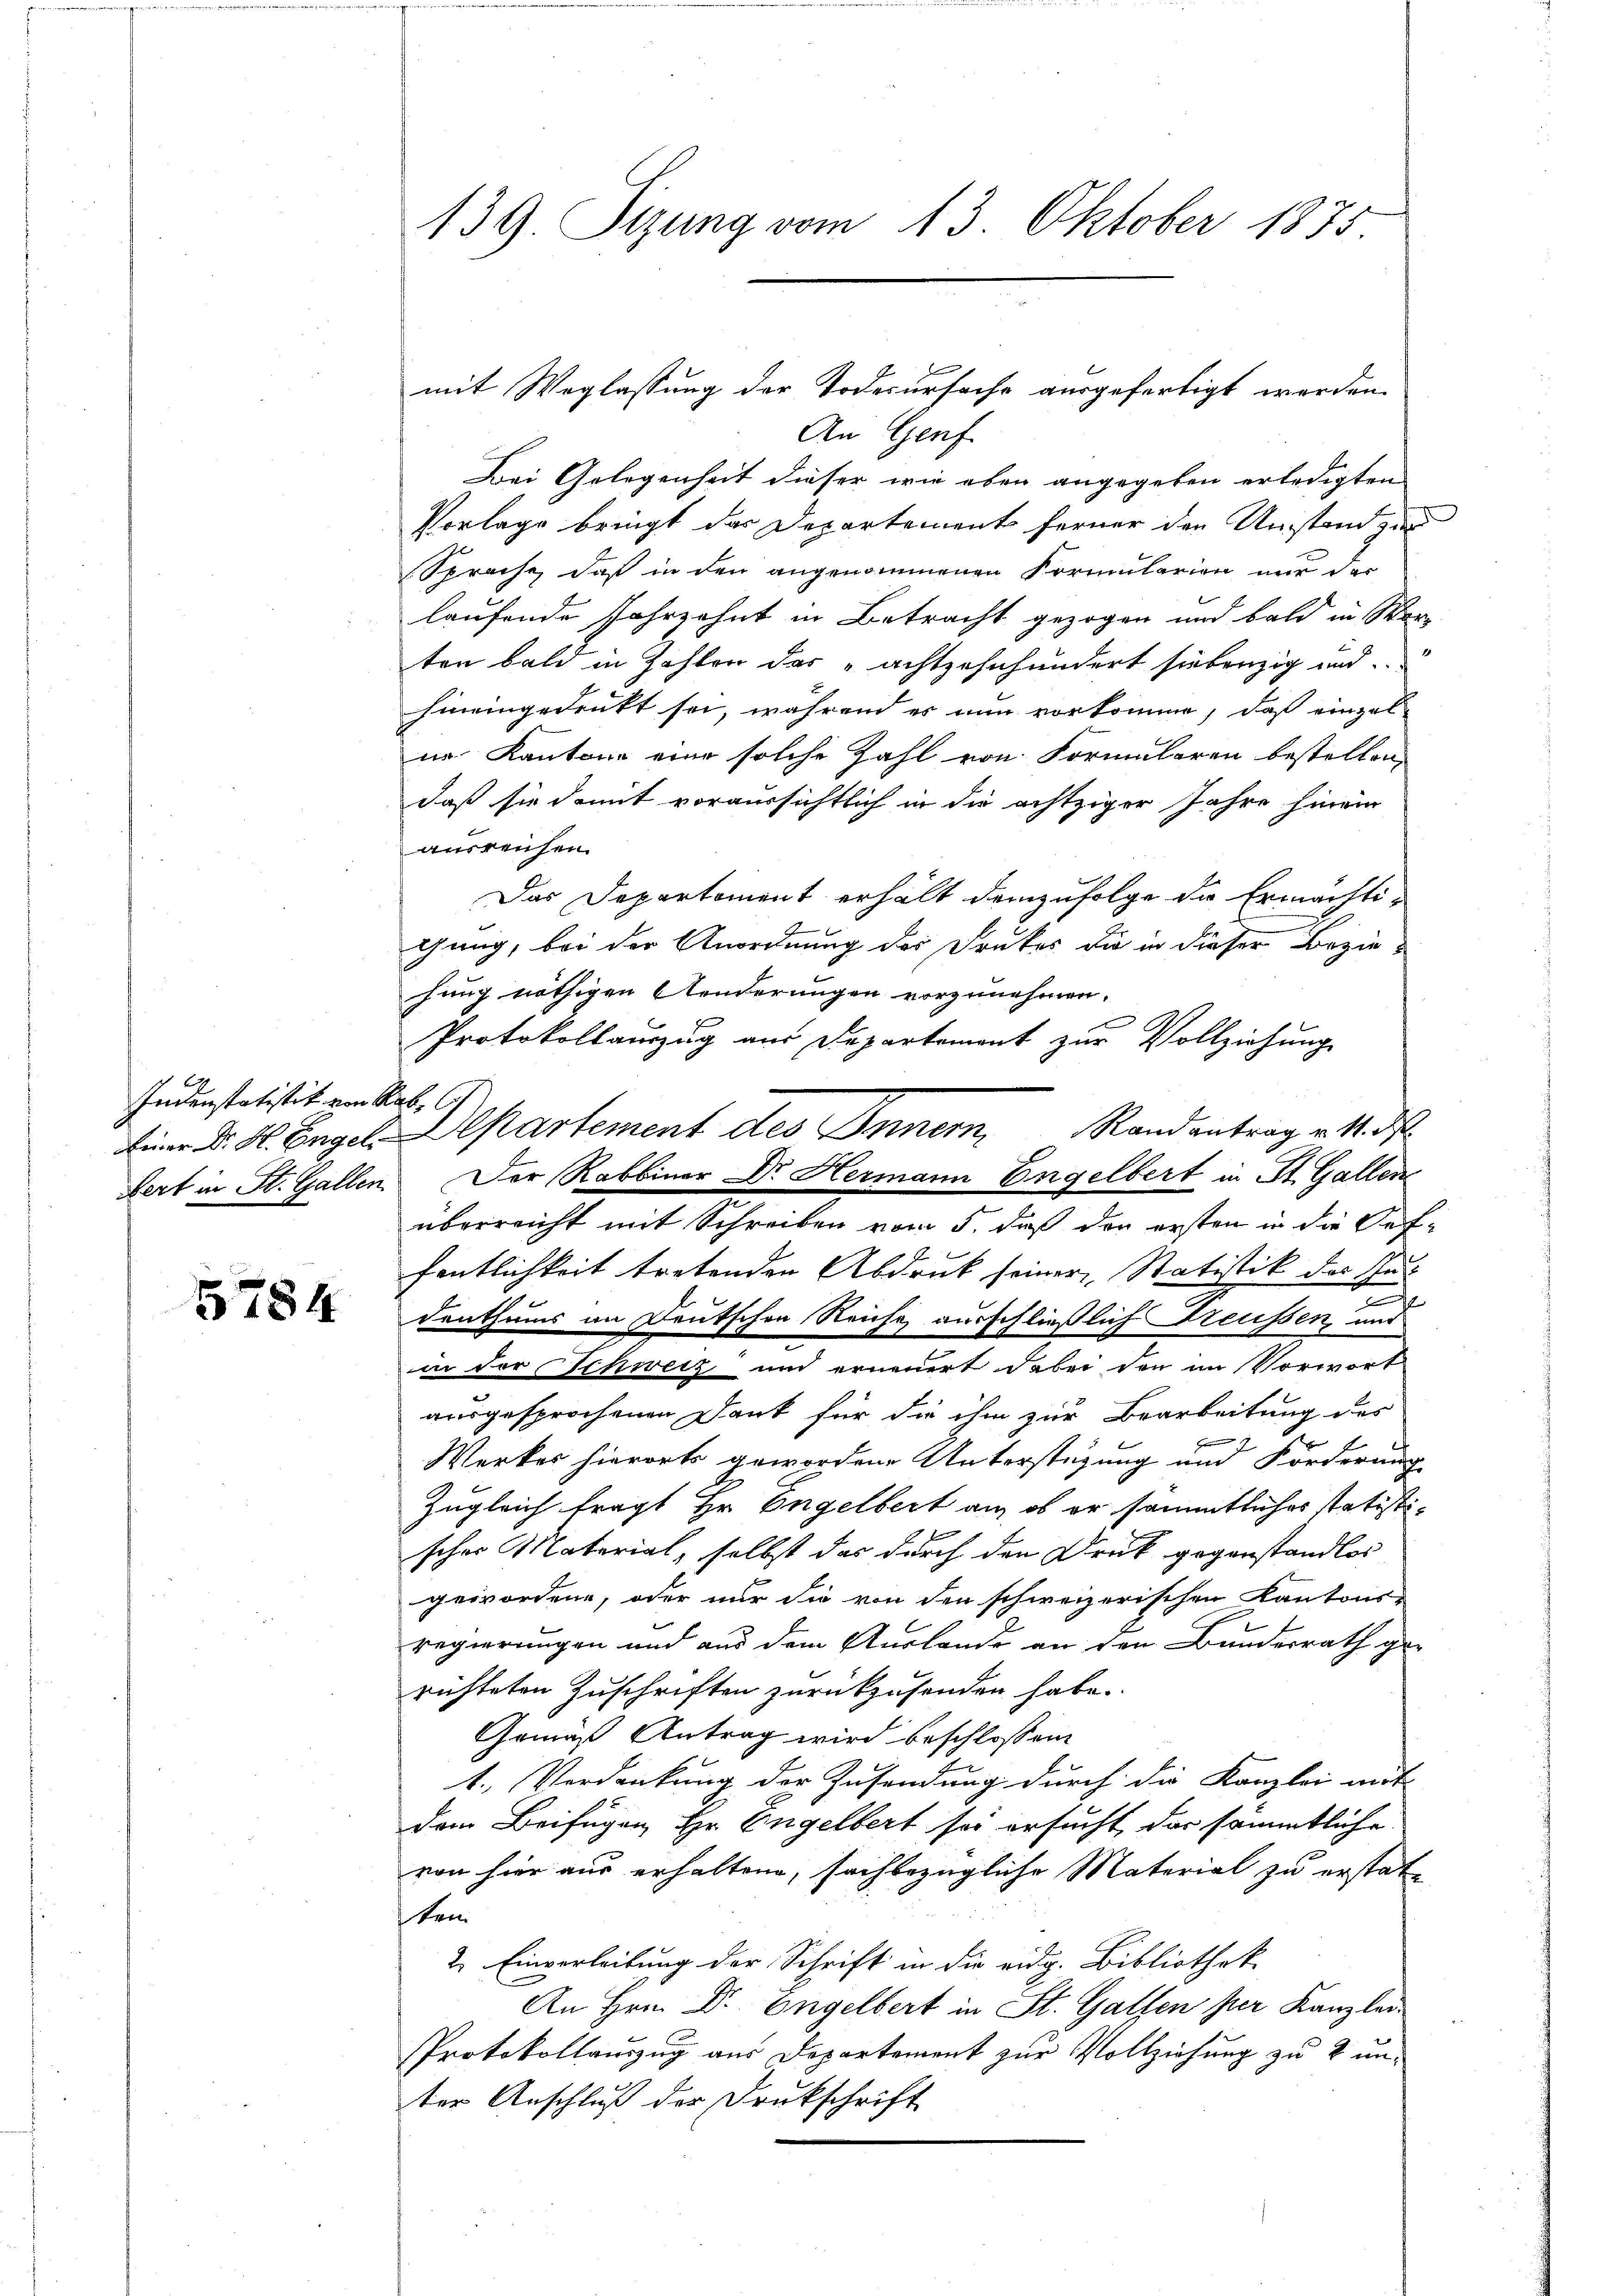
Indenstatistik von Rab. 6
fert in St. Gallen

5784

An Genf.
Bei Gelegenheit dieser wie eben angegeben erledigten
Vorlage bringt das Departement ferner den Umstand zur
Sprache, daß in den angenommenen Formularien nur der
laufende Jahrzehnt in Betracht gezogen und bald in Wer-
ten bald in Zahlen des „achtzehnhundert siebenzig und
hineingedrukt sei, während es nun vorkomme, daß einzelin Kantone eine solche Zahl von Formularen bestellen,
daß sie damit voraussichtlich in die achtziger Jahre hinein
ausreichen.
Das Departement erhält demzufolge die Ermächti¬
Gung, bei der Anordnung des Druckes die in dieser Beziehung nöthigen Aenderungen vorzunehmen.
Protokollauszug aus Departement zur Vollziehung
Einer Dr. H. Engel. Departement des Innern, Randantrag v. M. d
überreicht mit Schreiben vom 5. daß der ersten in die Oeffentlichkeit tretenden Abdruck seiner Statistik des Su
denthums an Deutschen Reiche ausschließlich Treussen und
in der Schweiz und erneuert dabei den im Vorwort
ausgesprochenen Dank für die ihm zur Bearbeitung des
Werker hierorts gewordene Unterstüzung und Förderung
Zugleich fragt Hr. Engelbert an, ob er sämmtliches statistischer Material, selbst das durch den Druck gegenstandlos
gewordene, oder nur die von den schweizerischen Kantons-
regierungen und aus dem Auslande an den Bundesrath gerichteten Zuschriften zurückzusenden habe.
Gemäß Antrag wird beschlossen
1. Verdankung der Zusendung durch die Kanzlei mit-
dem Beifügen, Hr. Engelbert sei ersucht, das sämmtliche
von hier aus erhaltene, sachbezügliche Material zu erstatten
2. Einverleitung der Schrift in die eidg. Bibliothek
An Hrn. Dr. Engelbert in St. Gallen per Kanzlei-
Protokollauszug aus Departement zur Vollziehung zu 2 unter Anschluß der Drukschrift

139. Sizung vom 13. Oktober 1875.

Der Rabbiner Dr Hermann Engelbert in St. Gallen

mit Weglassung der Todesursache ausgefertigt werden.